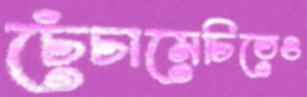
চেঁচামেচিতেও